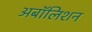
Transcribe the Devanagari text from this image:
अबॉलिशन